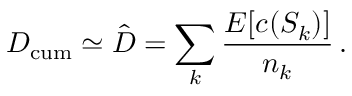
D _ { \mathrm { c u m } } \simeq \hat { D } = \sum _ { k } \frac { E [ c ( S _ { k } ) ] } { n _ { k } } \, .